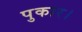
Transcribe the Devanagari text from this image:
पुकार।